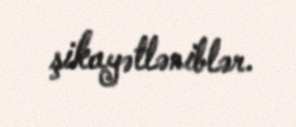
şikayətləniblər.